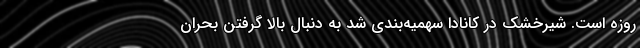
روزه است. شیرخشک در کانادا سهمیه‌بندی شد به دنبال بالا گرفتن بحران